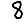
Digit: 8